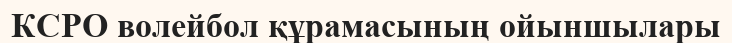
КСРО волейбол құрамасының ойыншылары